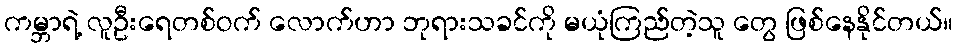
ကမ္ဘာရဲ့ လူဦးရေတစ်ဝက် လောက်ဟာ ဘုရားသခင်ကို မယုံကြည်တဲ့သူ တွေ ဖြစ်နေနိုင်တယ်။